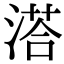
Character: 溚